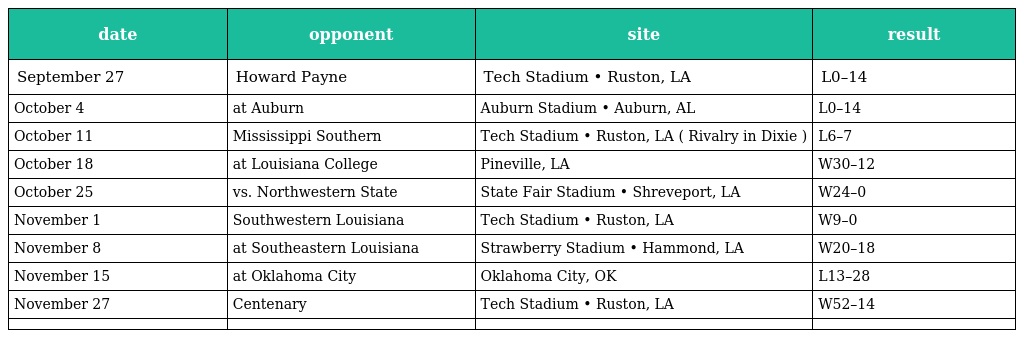
| date | opponent | site | result |
 | --- | --- | --- | --- |
 | September 27 | Howard Payne | Tech Stadium • Ruston, LA | L0–14 |
 | October 4 | at Auburn | Auburn Stadium • Auburn, AL | L0–14 |
 | October 11 | Mississippi Southern | Tech Stadium • Ruston, LA ( Rivalry in Dixie ) | L6–7 |
 | October 18 | at Louisiana College | Pineville, LA | W30–12 |
 | October 25 | vs. Northwestern State | State Fair Stadium • Shreveport, LA | W24–0 |
 | November 1 | Southwestern Louisiana | Tech Stadium • Ruston, LA | W9–0 |
 | November 8 | at Southeastern Louisiana | Strawberry Stadium • Hammond, LA | W20–18 |
 | November 15 | at Oklahoma City | Oklahoma City, OK | L13–28 |
 | November 27 | Centenary | Tech Stadium • Ruston, LA | W52–14 |
 |  |  |  |  |